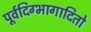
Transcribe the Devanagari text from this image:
पूर्वदिग्भागादितो